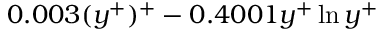
0 . 0 0 3 ( y ^ { + } ) ^ { + } - 0 . 4 0 0 1 y ^ { + } \ln { y ^ { + } }